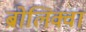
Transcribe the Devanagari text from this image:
ब्रोलिक्वा